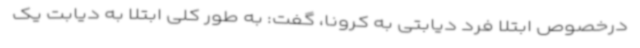
درخصوص ابتلا فرد دیابتی به کرونا، گفت: به طور کلی ابتلا به دیابت یک